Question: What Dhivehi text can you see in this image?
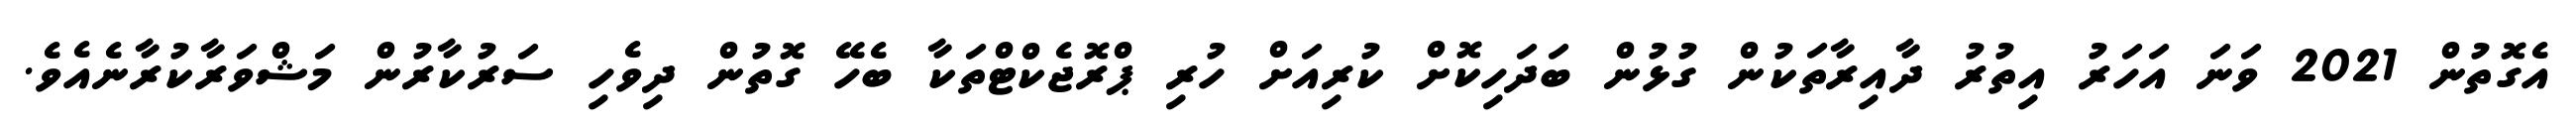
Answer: އެގޮތުން 2021 ވަނަ އަހަރު އިތުރު ދާއިރާތަކުން ގުޅުން ބަދަހިކޮށް ކުރިއަށް ހުރި ޕްރޮޖެކްޓްތަކާ ބެހޭ ގޮތުން ދިވެހި ސަރުކާރުން މަޝްވަރާކުރާނެއެވެ.